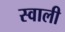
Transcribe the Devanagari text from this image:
स्वाली